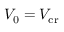
V _ { 0 } = V _ { \mathrm { c r } }